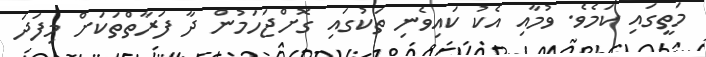
މަތީގައި ކަމެވެ. ވުމާއި އެކު ކައިވެނި ތަކުގައި ގޮށްޖަހަމުން ދާ ފަރާތްތަކަށް މިފަދަ